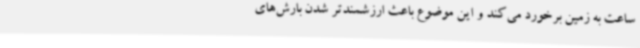
ساعت به زمین برخورد می‌کند و این موضوع باعث ارزشمندتر شدن بارش‌های